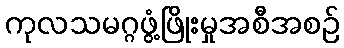
ကုလသမဂ္ဂဖွံ့ဖြိုးမှုအစီအစဉ်